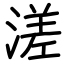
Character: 溠